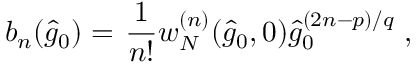
b _ { n } ( \hat { g } _ { 0 } ) = \left. \frac { 1 } { n ! } w _ { N } ^ { ( n ) } ( \hat { g } _ { 0 } , 0 ) \hat { g } _ { 0 } ^ { ( 2 n - p ) / q } \right. ,